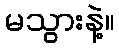
မသွားနဲ့။